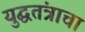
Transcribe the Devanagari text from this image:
युद्घतंत्राचा